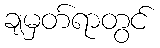
ချမှတ်ရာတွင်